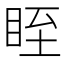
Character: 眰